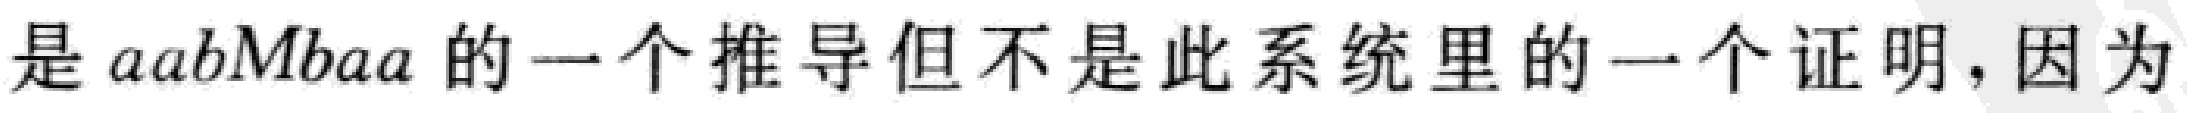
是 \(aabMbaa\) 的一个推导但不是此系统里的一个证明，因为